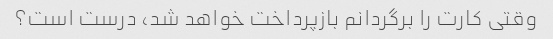
وقتی کارت را برگردانم بازپرداخت خواهد شد، درست است؟